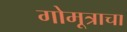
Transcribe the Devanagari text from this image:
गोमूत्राचा